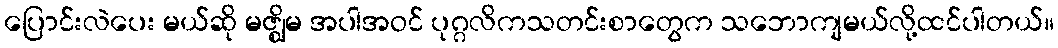
ပြောင်းလဲပေး မယ်ဆို မဇ္ဈိမ အပါအဝင် ပုဂ္ဂလိကသတင်းစာတွေက သဘောကျမယ်လို့ထင်ပါတယ်။